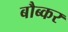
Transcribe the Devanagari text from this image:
बौब्कर